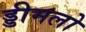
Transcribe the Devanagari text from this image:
ड्डीमलो